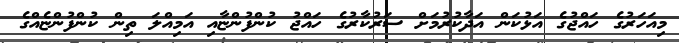
މިއަހަރުގެ ހައްޖުގެ އަޅުކަން އަދާކުރުމަށް ސަރުކާރުގެ ހައްޖު ކުންފުންޏާއި އަމިއްލަ ތިން ކުންފުންޏެއްގެ